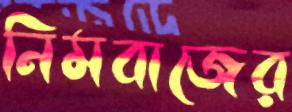
নিমবাজের